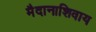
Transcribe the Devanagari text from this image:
मैदानाशिवाय